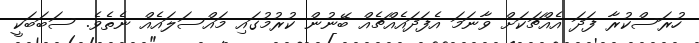
ހުރަސްކުރާ ފަދަ އެއްޗަކަށް ވާނަމަ އެފަދައެއްޗެއް ބޭނުން ކުރުމުގައި މައްސަލައެއް ނެތެވެ. ސަބަބަކީ